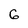
Character: 6